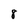
Character: 8